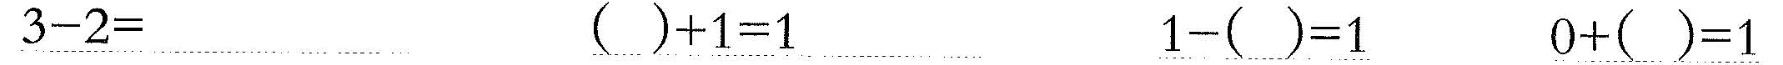
\underline{$$3 - 2 =$$} \underline{$$( ) + 1 = 1$$} \underline{$$1 - ( ) = 1$$} \underline{$$0 + ( ) = 1$$}